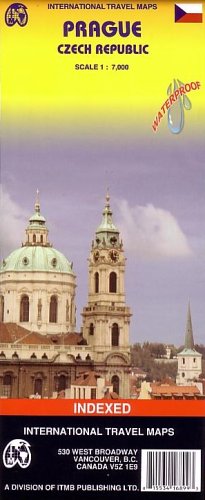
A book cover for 1. Prague (Czech Rep.) ITM City Map, waterproof 1:7,000 (International Travel Maps); International Travel maps; Travel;